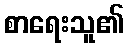
စာရေးသူ၏